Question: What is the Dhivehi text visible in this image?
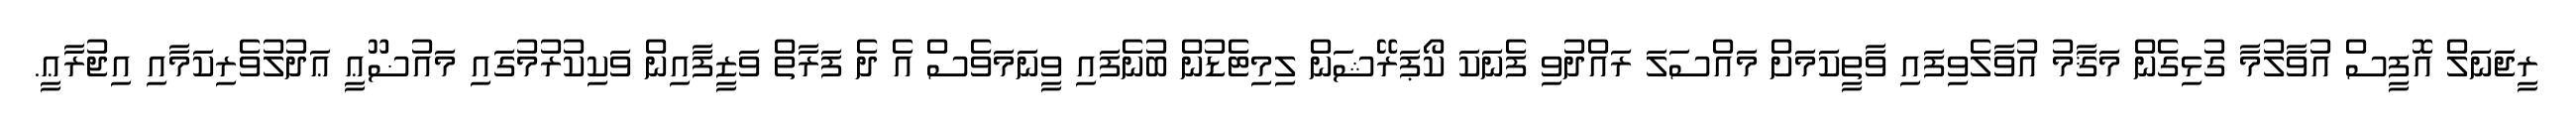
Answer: ރީޖަނަލް އޮފީސް އުވާލުމާ ގުޅިގެން މަޤާމު އުވާލެވިފައި ވާތީކަމަށް މައްސަލަ ރައްދުވި ފެނަކަ ކޯޕަރޭޝަން ލިމިޓެޑުން ބުނެފައި ވީނަމަވެސް އެ ދެ ފަރާތް ވަޒީފާއިން ވަކިކުރުމުގައި މައުޟޫޢީ ޢަދުލުވެރިކަމާއި އިޖުރާޢީ.